General report no. 6 on the lunatic asylums, vaccination and dispensaries in the Bengal Presidency, 1873 -
Year: 1873
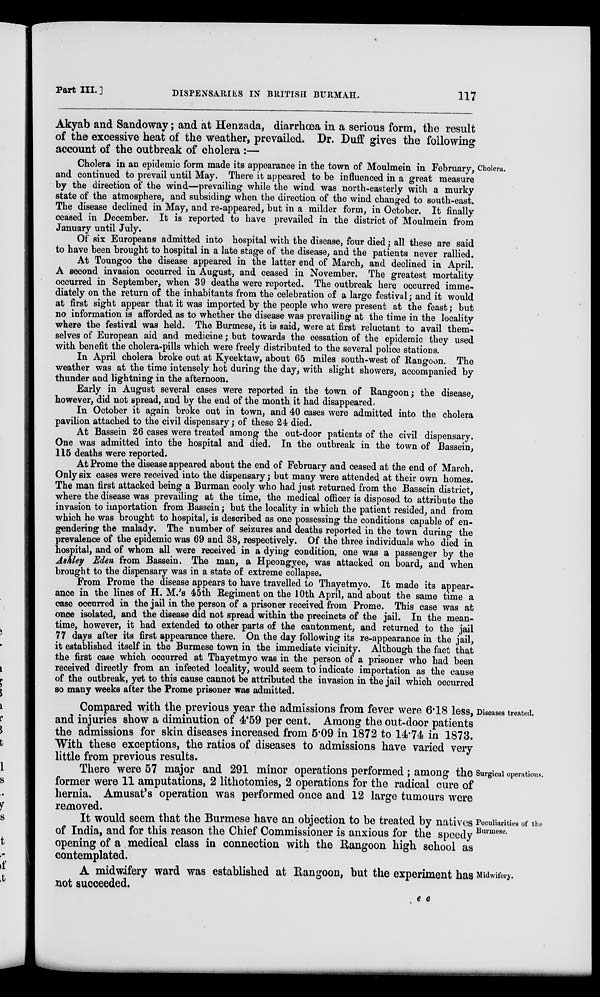
Part III.]
DISPENSARIES IN BRITISH BURMAH.
117
Akyab and Sandoway; and at Henzada, diarrhœa in a serious form, the result
of the excessive heat of the weather, prevailed. Dr. Duff gives the following
account of the outbreak of cholera :—
Cholera.
Cholera in an epidemic form made its appearance in the town of Moulmein in February,
by the direction of the wind—prevailing while the wind was north-easterly with a murky
state of the atmosphere, and subsiding when the direction of the wind changed to south-east.
The disease declined in May, and re-appeared, but in a milder form, in October. It finally
ceased in December. It is reported to have prevailed in the district of Moulmein from
January until July.
Of six Europeans admitted into hospital with the disease, four died; all these are said
to have been brought to hospital in a late stage of the disease, and the patients never rallied.
At Toungoo the disease appeared in the latter end of March, and declined in April.
A second invasion occurred in August, and ceased in November. The greatest mortality
occurred in September, when 39 deaths were reported. The outbreak here occurred imme-
diately on the return of the inhabitants from the celebration of a large festival; and it would
at first sight appear that it was imported by the people who were present at the feast; but
no information is afforded as to whether the disease was prevailing at the time in the locality
where the festival was held. The Burmese, it is said, were at first reluctant to avail them-
selves of European aid and medicine; but towards the cessation of the epidemic they used
with benefit the cholera-pills which were freely distributed to the several police stations.
In April cholera broke out at Kyeektaw, about 65 miles south-west of Rangoon. The
weather was at the time intensely hot during the day, with slight showers, accompanied by
thunder and lightning in the afternoon.
Early in August several cases were reported in the town of Rangoon; the disease,
however, did not spread, and by the end of the month it had disappeared.
In October it again broke out in town, and 40 cases were admitted into the cholera
pavilion attached to the civil dispensary; of these 24 died.
At Bassein 26 cases were treated among the out-door patients of the civil dispensary.
One was admitted into the hospital and died. In the outbreak in the town of Bassein,
115 deaths were reported.
At Prome the disease appeared about the end of February and ceased at the end of March.
Only six cases were received into the dispensary; but many were attended at their own homes.
The man first attacked being a Burman cooly who had just returned from the Bassein district,
where the disease was prevailing at the time, the medical officer is disposed to attribute the
invasion to importation from Bassein; but the locality in which the patient resided, and from
which he was brought to hospital, is described as one possessing the conditions capable of en-
gendering the malady. The number of seizures and deaths reported in the town during the
prevalence of the epidemic was 69 and 38, respectively. Of the three individuals who died in
hospital, and of whom all were received in a dying condition, one was a passenger by the
Ashley Eden from Bassein. The man, a Hpeongyee, was attacked on board, and when
brought to the dispensary was in a state of extreme collapse.
From Prome the disease appears to have travelled to Thayetmyo. It made its appear-
ance in the lines of H. M.'s 45th Regiment on the 10th April, and about the same time a
case occurred in the jail in the person of a prisoner received from Prome. This case was at
once isolated, and the disease did not spread within the precincts of the jail. In the mean-
time, however, it had extended to other parts of the cantonment, and returned to the jail
77 days after its first appearance there. On the day following its re-appearance in the jail,
it established itself in the Burmese town in the immediate vicinity. Although the fact that
the first case which occurred at Thayetmyo was in the person of a prisoner who had been
received directly from an infected locality, would seem to indicate importation as the cause
of the outbreak, yet to this cause cannot be attributed the invasion in the jail which occurred
so many weeks after the Prome prisoner was admitted.
Diseases treated.
Compared with the previous year the admissions from fever were 6.18 less,
and injuries show a diminution of 4.59 per cent. Among the out-door patients
the admissions for skin diseases increased from 5.09 in 1872 to 14.74 in 1873.
With these exceptions, the ratios of diseases to admissions have varied very
little from previous results.
Surgical operations.
There were 57 major and 291 minor operations performed; among the
former were 11 amputations, 2 lithotomies, 2 operations for the radical cure of
hernia. Amusat's operation was performed once and 12 large tumours were
removed.
Peculiarities of the
Burmese.
It would seem that the Burmese have an objection to be treated by natives
of India, and for this reason the Chief Commissioner is anxious for the speedy
opening of a medical class in connection with the Rangoon high school as
contemplated.
Midwifery.
A midwifery ward was established at Rangoon, but the experiment has
not succeeded.
e e